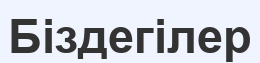
Біздегілер